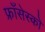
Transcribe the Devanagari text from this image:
फ्राँसेस्को